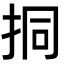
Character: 挏